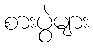
စားပွဲများ